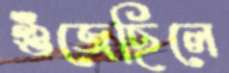
গুঁজেছিলে